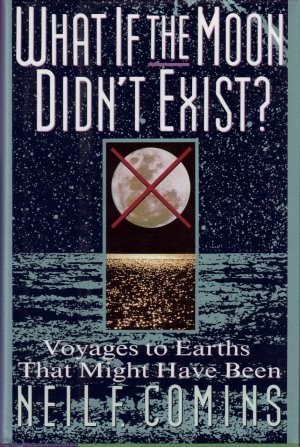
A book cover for What If the Moon Didn't Exist?: Voyages to Earths That Might Have Been; Neil F. Comins; Science & Math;